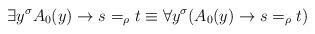
LaTeX: \begin{align*}\exists y^\sigma A_0(y)\rightarrow s=_\rho t\equiv\forall y^\sigma(A_0(y)\rightarrow s=_\rho t)\end{align*}